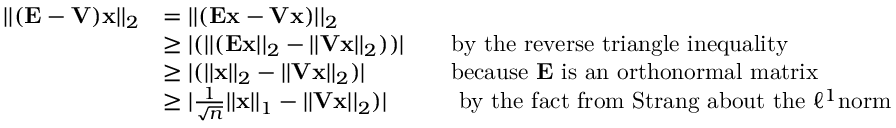
\begin{array} { r l r l } { | | ( \mathbf { E } - \mathbf { V } ) \mathbf { x } | | _ { 2 } } & { = | | ( \mathbf { E x } - \mathbf { V x } ) | | _ { 2 } } \\ & { \ge | ( | | ( \mathbf { E x } | | _ { 2 } - | | \mathbf { V x } | | _ { 2 } ) ) | } & & { \mathrm { b y ~ t h e ~ r e v e r s e ~ t r i a n g l e ~ i n e q u a l i t y } } \\ & { \ge | ( | | \mathbf { x } | | _ { 2 } - | | \mathbf { V x } | | _ { 2 } ) | } & & { \mathrm { b e c a u s e ~ } \mathbf { E } \mathrm { ~ i s ~ a n ~ o r t h o n o r m a l ~ m a t r i x } } \\ & { \ge | \frac { 1 } { \sqrt { n } } | | \mathbf { x } | | _ { 1 } - | | \mathbf { V x } | | _ { 2 } ) | } & & { \mathrm { ~ b y ~ t h e ~ f a c t ~ f r o m ~ S t r a n g ~ a b o u t ~ t h e ~ } \ell ^ { 1 } \mathrm { n o r m } } \end{array}